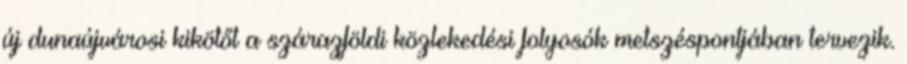
új dunaújvárosi kikötőt a szárazföldi közlekedési folyosók metszéspontjában tervezik.